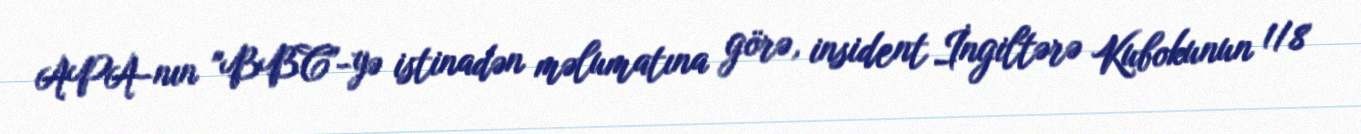
APA-nın "BBC"-yə istinadən məlumatına görə, insident İngiltərə Kubokunun 1/8